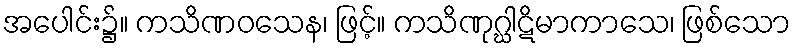
အပေါင်း၌။ ကသိဏဝသေန၊ ဖြင့်။ ကသိဏုဂ္ဃါဋိမာကာသေ၊ ဖြစ်သော